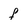
Character: f